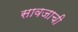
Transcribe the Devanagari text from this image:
सावजाची